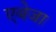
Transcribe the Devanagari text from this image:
एबेजा